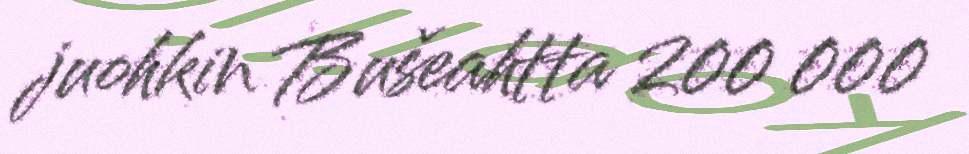
juohkin Bušeahtta 200 000